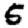
Digit: 5